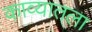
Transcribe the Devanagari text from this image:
काव्यातला